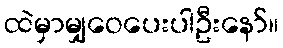
ထဲမှာမျှဝေပေးပါဦးနော်။